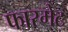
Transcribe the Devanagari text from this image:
फारमेट